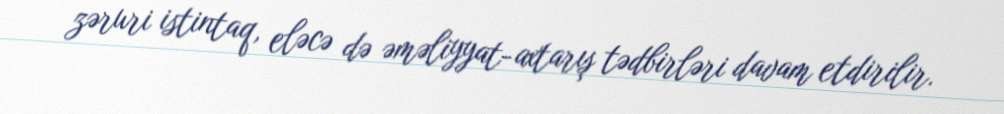
zəruri istintaq, eləcə də əməliyyat-axtarış tədbirləri davam etdirilir.